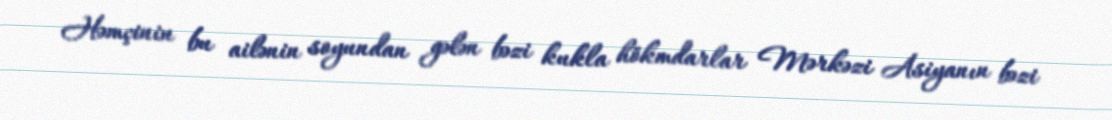
Həmçinin bu ailənin soyundan gələn bəzi kukla hökmdarlar Mərkəzi Asiyanın bəzi